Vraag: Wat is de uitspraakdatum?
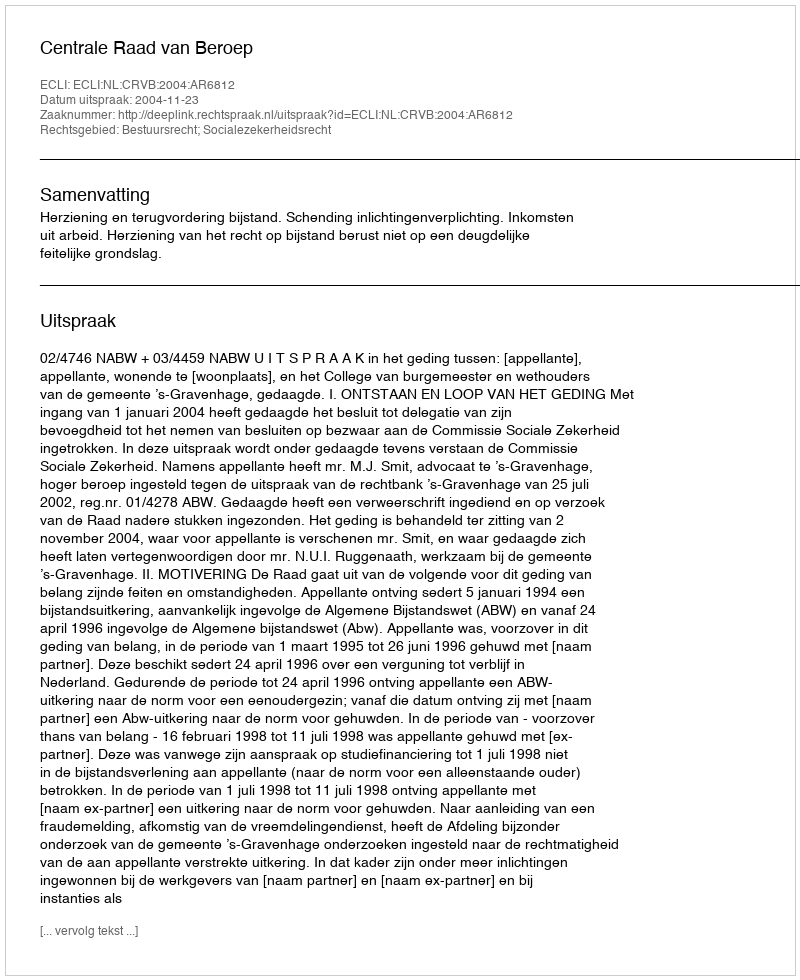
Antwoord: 2004-11-23